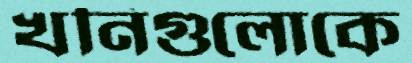
খনিগুলোকে